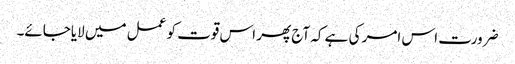
ضرورت اس امر کی ہے کہ آج پھر اس قوت کو عمل میں لایاجائے۔